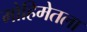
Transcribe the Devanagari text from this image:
मोहिमेतला